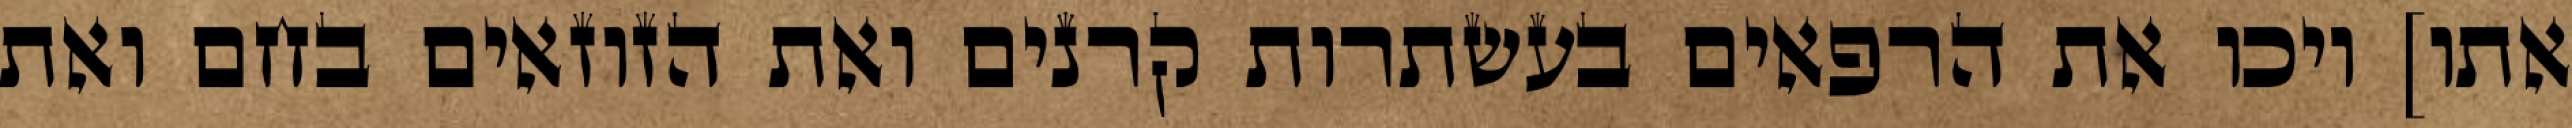
אתו] ויכו את הרפאים בעשתרות קרנים ואת הזוזאים בחם ואת